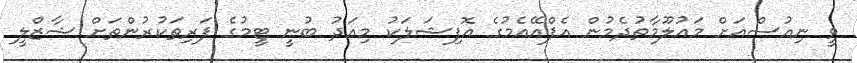
ވީ ނިއުސްއަށް މައުލޫމާތުދެމުން އެފްއޭއެމުގެ އޮފިޝަލަކު މިއަދު ބުނީ ޓީމުގެ ފަރިތަކުރުންތަށް ޝާޒްލީ